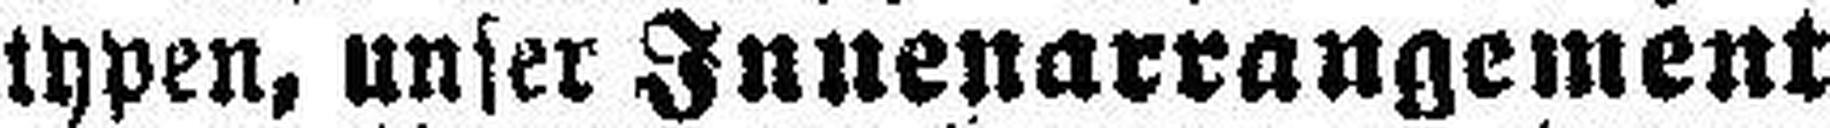
typen, unser Innenarrangement